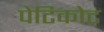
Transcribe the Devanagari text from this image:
पेटिकोट